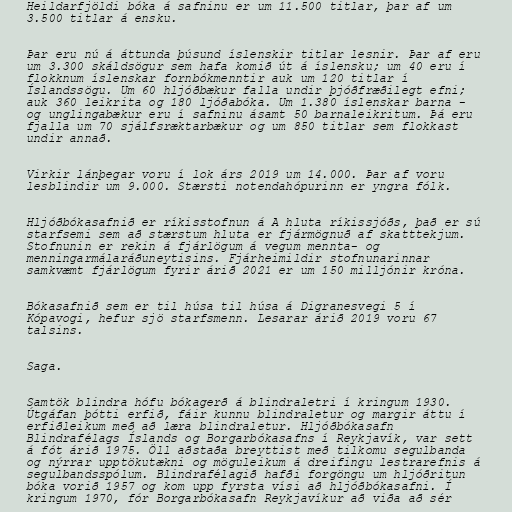
Heildarfjöldi bóka á safninu er um 11.500 titlar, þar af um
3.500 titlar á ensku.

Þar eru nú á áttunda þúsund íslenskir titlar lesnir. Þar af eru
um 3.300 skáldsögur sem hafa komið út á íslensku; um 40 eru í
flokknum íslenskar fornbókmenntir auk um 120 titlar í
Íslandssögu. Um 60 hljóðbækur falla undir þjóðfræðilegt efni;
auk 360 leikrita og 180 ljóðabóka. Um 1.380 íslenskar barna -
og unglingabækur eru í safninu ásamt 50 barnaleikritum. Þá eru
fjalla um 70 sjálfsræktarbækur og um 850 titlar sem flokkast
undir annað.

Virkir lánþegar voru í lok árs 2019 um 14.000. Þar af voru
lesblindir um 9.000. Stærsti notendahópurinn er yngra fólk.

Hljóðbókasafnið er ríkisstofnun á A hluta ríkissjóðs, það er sú
starfsemi sem að stærstum hluta er fjármögnuð af skatttekjum.
Stofnunin er rekin á fjárlögum á vegum mennta- og
menningarmálaráðuneytisins. Fjárheimildir stofnunarinnar
samkvæmt fjárlögum fyrir árið 2021 er um 150 milljónir króna.

Bókasafnið sem er til húsa til húsa á Digranesvegi 5 í
Kópavogi, hefur sjö starfsmenn. Lesarar árið 2019 voru 67
talsins.

Saga.

Samtök blindra hófu bókagerð á blindraletri í kringum 1930.
Útgáfan þótti erfið, fáir kunnu blindraletur og margir áttu í
erfiðleikum með að læra blindraletur. Hljóðbókasafn
Blindrafélags Íslands og Borgarbókasafns í Reykjavík, var sett
á fót árið 1975. Öll aðstaða breyttist með tilkomu segulbanda
og nýrrar upptökutækni og möguleikum á dreifingu lestrarefnis á
segulbandsspólum. Blindrafélagið hafði forgöngu um hljóðritun
bóka vorið 1957 og kom upp fyrsta vísi að hljóðbókasafni. Í
kringum 1970, fór Borgarbókasafn Reykjavíkur að viða að sér